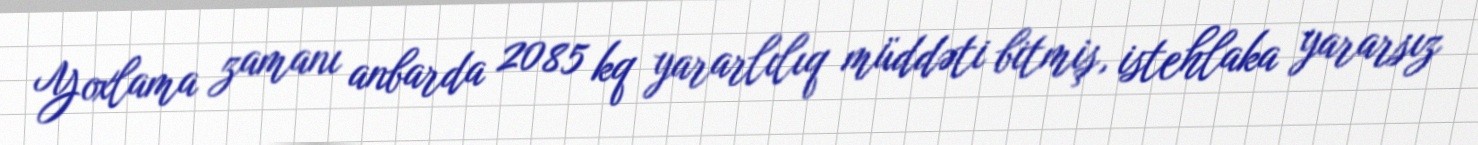
Yoxlama zamanı anbarda 2085 kq yararlılıq müddəti bitmiş, istehlaka yararsız